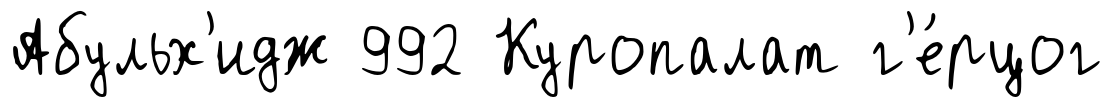
Абульх'идж 992 Куропалат г'е́рцог